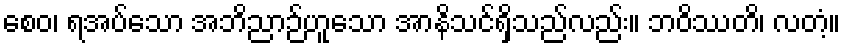
စေဝ၊ ရအပ်သော အဘိညာဉ်ဟူသော အာနိသင်ရှိသည်လည်း။ ဘဝိဿတိ၊ လတံ့။